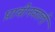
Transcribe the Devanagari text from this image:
प्राचीनकालीं